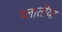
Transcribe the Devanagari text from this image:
प्लातीया